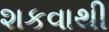
શકવાથી